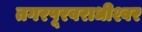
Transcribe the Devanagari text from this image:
तगरपूरवराधीश्वर